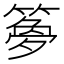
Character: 𫂝